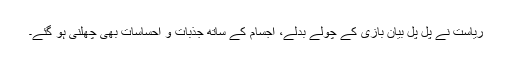
ریاست نے پل پل بیان بازی کے چولے بدلے، اجسام کے ساتھ جذبات و احساسات بھی چھلنی ہو گئے۔